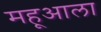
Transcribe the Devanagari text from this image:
महूआला